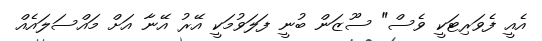
އެއީ ފެވަރިޓަކީ ވެސް" ސޫޒަން ބުނީ ފަލަވުމަކީ އޭރު އޭނާ އަށް މައްސަލައެއް